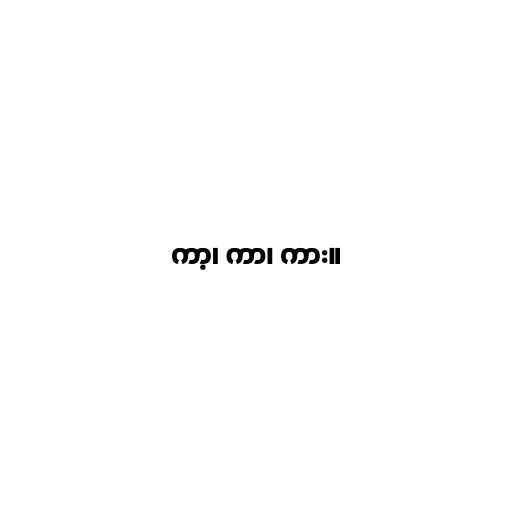
ကာ့၊ ကာ၊ ကား။